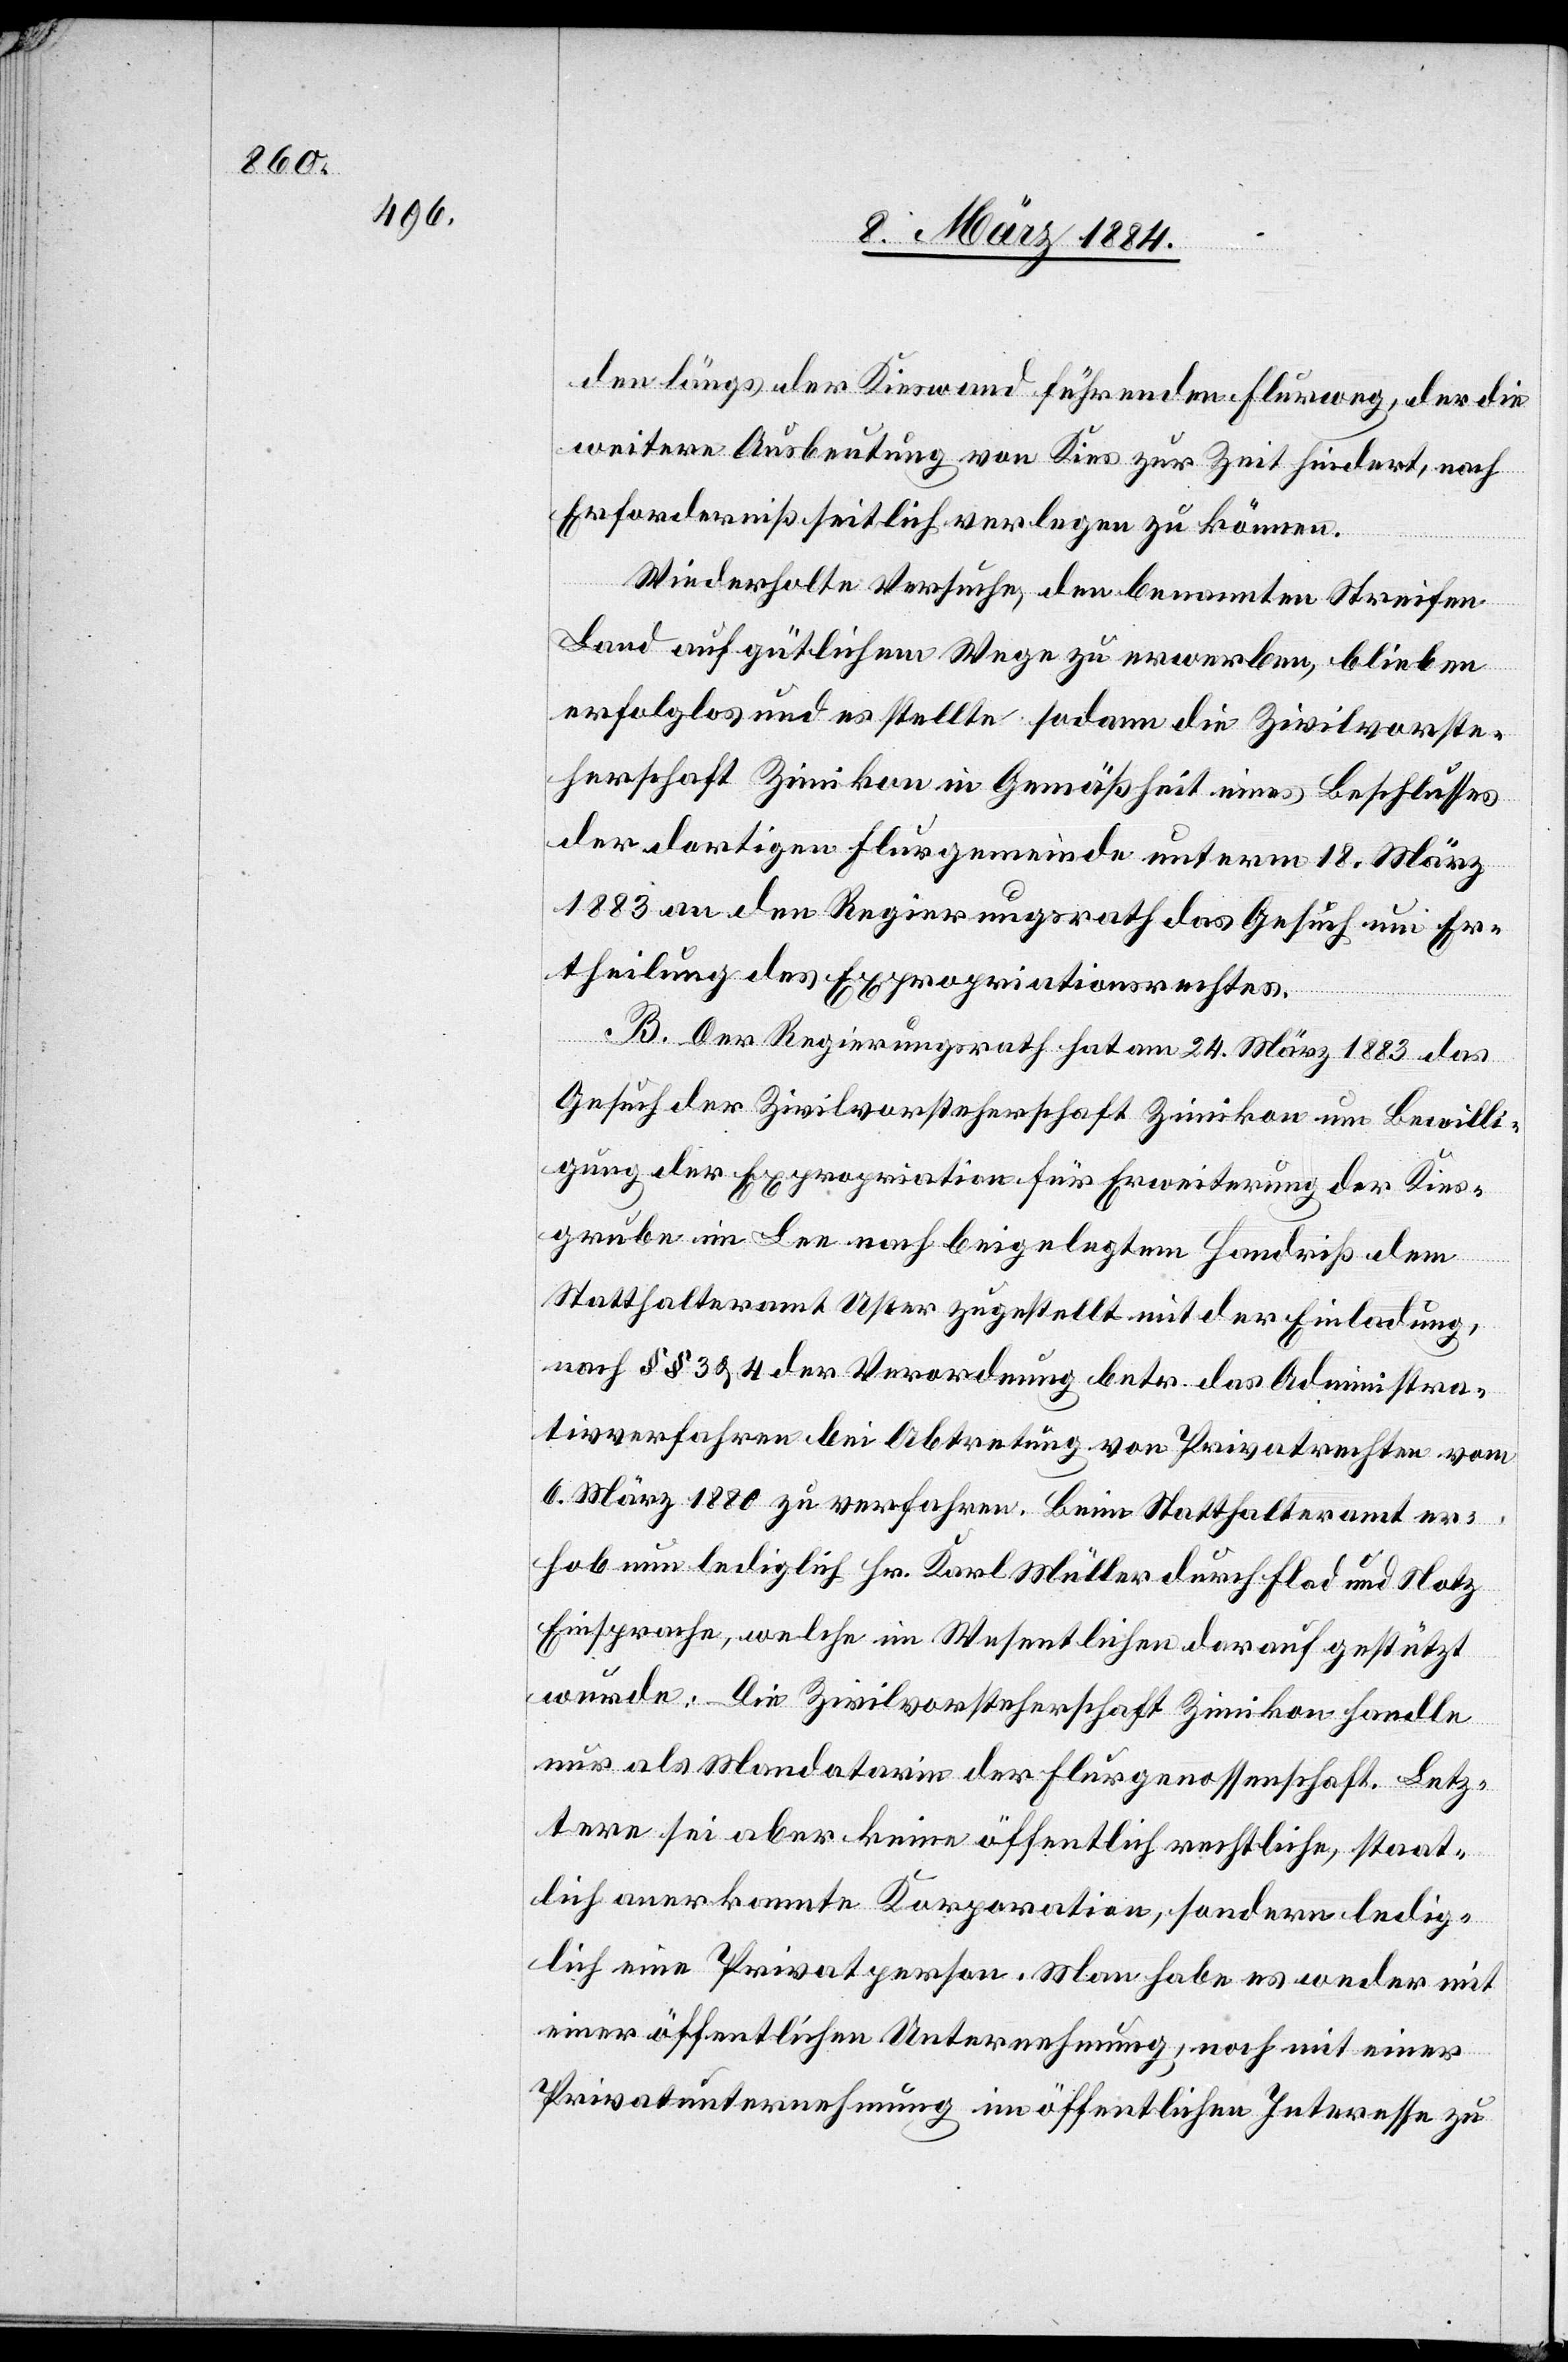
den längs der Kieswand führenden Flurweg, der die
weitere Ausbeutung von Kies zur Zeit hindert, nach
Erforderniß seitlich verlegen zu können.
Wiederholte Versuche, den benannten Streifen
Land auf gütlichem Wege zu erwerben, blieben
erfolglos und es stellte sodann die Zivilvorste¬
herschaft Zimikon in Gemäßheit eines Beschlusses
der dortigen Flurgemeinde unterm 18. März
1883 an den Regierungsrath das Gesuch um Er¬
theilung des Expropriationsrechtes.
B. Der Regierungsrath hat am 24. März 1883 das
Gesuch der Zivilvorsteherschaft Zimikon um Bewilli¬
gung der Expropriation für Erweiterung der Kies¬
grube im Lee nach beigelegtem Handriß dem
Statthalteramt Uster zugestellt mit der Einladung,
nach §§ 3 & 4 der Verordnung betr. das Administra¬
tivverfahren bei Abtretung von Privatrechten vom
6. März 1880 zu verfahren. Beim Statthalteramt er¬
hob nun lediglich Hr. Karl Müller durch Flad und Notz
Einsprache, welche im Wesentlichen darauf gestützt
wurde: Die Zivilvorsteherschaft Zimikon handle
nur als Mandatarin der Flurgenossenschaft. Letz¬
tere sei aber keine öffentlich rechtliche, staat¬
lich anerkannte Korporation, sondern ledig¬
lich eine Privatperson. Man habe es weder mit
einer öffentlichen Unternehmung, noch mit einer
Privatunternehmung im öffentlichen Interesse zu